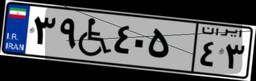
۴۸W۲۷۹۴۴